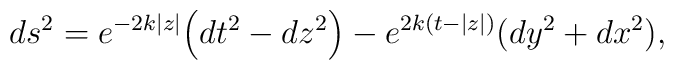
ds^{2} = e^{-2k|z|} \Big(dt^{2} - dz^{2}\Big) - e^{2k(t - |z|)} (dy^{2} + dx^{2}),